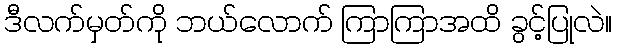
ဒီလက်မှတ်ကို ဘယ်လောက် ကြာကြာအထိ ခွင့်ပြုလဲ။